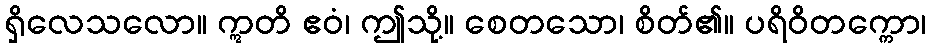
ရှိလေသလော။ ဣတိ ဧဝံ၊ ဤသို့။ စေတသော၊ စိတ်၏။ ပရိဝိတက္ကော၊